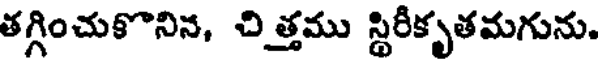
తగ్గించుకొనిన, చిత్తము స్థిరీకృతమగును.